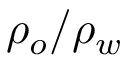
\rho _ { o } / \rho _ { w }